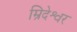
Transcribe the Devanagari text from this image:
म्रिदेश्वर